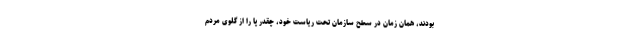
بودند، همان زمان در سطح سازمان تحت ریاست خود، چقدر پا را از گلوی مردم